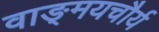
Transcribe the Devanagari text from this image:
वाङ्‌मयचौर्य